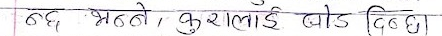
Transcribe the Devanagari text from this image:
ढल्लै, श्रेष्ठ कुरालाई बोड दिन्छ